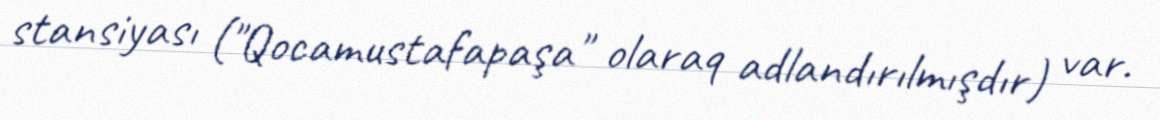
stansiyası ("Qocamustafapaşa" olaraq adlandırılmışdır) var.